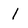
Character: l